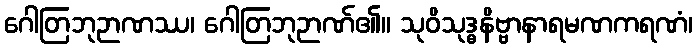
ဂေါတြဘုဉာဏဿ၊ ဂေါတြဘုဉာဏ်၏။ သုဝိသုဒ္ဓနိဗ္ဗာနာရမဏကရဏံ၊